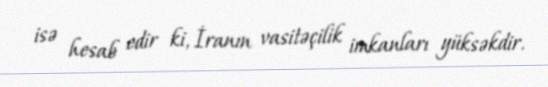
isə hesab edir ki, İranın vasitəçilik imkanları yüksəkdir.